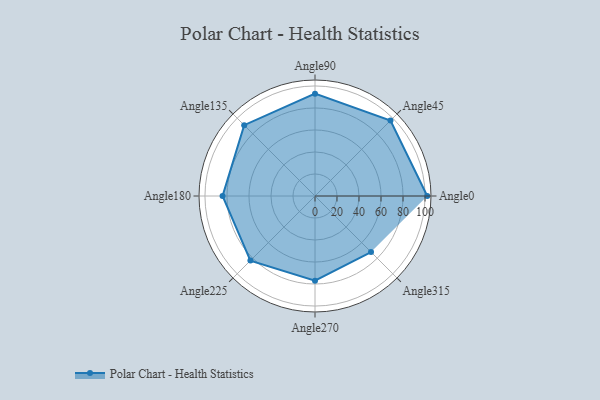
{"axis": {"x": "Angle", "y": "Radius"}, "legend": [""], "data": [{"x": "Angle0", "y": 102.0, "type": ""}, {"x": "Angle45", "y": 97.0, "type": ""}, {"x": "Angle90", "y": 93.0, "type": ""}, {"x": "Angle135", "y": 91.0, "type": ""}, {"x": "Angle180", "y": 84.0, "type": ""}, {"x": "Angle225", "y": 83.0, "type": ""}, {"x": "Angle270", "y": 77.0, "type": ""}, {"x": "Angle315", "y": 72.0, "type": ""}]}